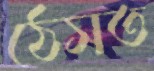
ঠেসত